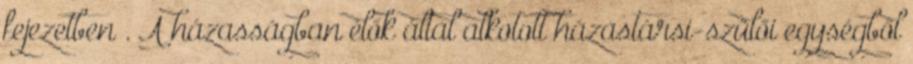
fejezetben . A házasságban élők által alkotott házastársi-szülői egységből